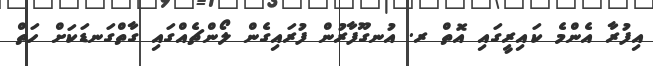
އިފުރާ އެންމެ ކައިރީގައި އޮތް ރ. އުނގޫފާރުން ފުރައިގެން ލޯންޗެއްގައި ގާތްގަނޑަކަށް ހަތް